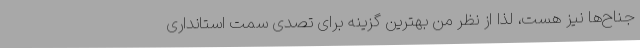
جناح‌ها نیز هست، لذا از نظر من بهترین گزینه‌ برای تصدی سمت استانداری